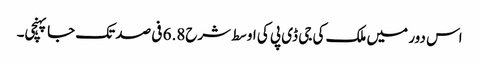
اس دور میں ملک کی جی ڈی پی کی اوسط شرح6.8 فی صد تک جا پہنچی۔